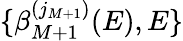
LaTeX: \{ \beta_{M+1}^{(j_{M+1})}(E),E\}